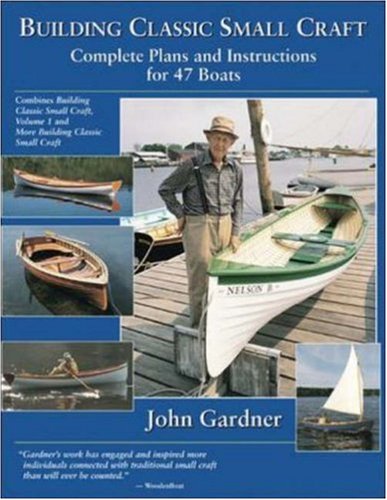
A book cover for Building Classic Small Craft : Complete Plans and Instructions for 47 Boats; John Gardner; Sports & Outdoors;